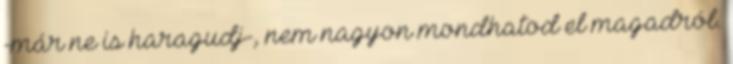
-már ne is haragudj-, nem nagyon mondhatod el magadról.